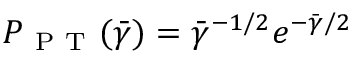
P _ { \mathrm { ~ P ~ T ~ } } ( \bar { \gamma } ) = \bar { \gamma } ^ { - 1 / 2 } e ^ { - \bar { \gamma } / 2 }